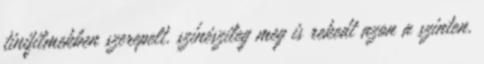
tinifilmekben szerepelt. színészileg meg is rekedt azon a szinten.